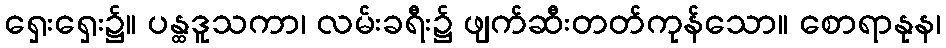
ရှေးရှေး၌။ ပန္ထဒူသကာ၊ လမ်းခရီး၌ ဖျက်ဆီးတတ်ကုန်သော။ စောရာနုန၊